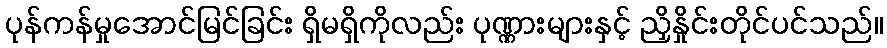
ပုန်ကန်မှုအောင်မြင်ခြင်း ရှိမရှိကိုလည်း ပုဏ္ဏားများနှင့် ညှိနှိုင်းတိုင်ပင်သည်။